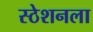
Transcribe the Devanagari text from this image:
स्ठेशनला